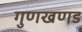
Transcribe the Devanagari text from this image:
गुणखणड